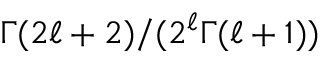
\Gamma ( 2 \ell + 2 ) / ( 2 ^ { \ell } \Gamma ( \ell + 1 ) )